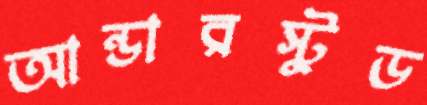
আন্ডারস্টুড